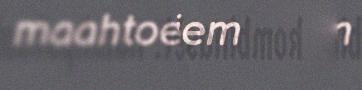
maahtoeaehpiem